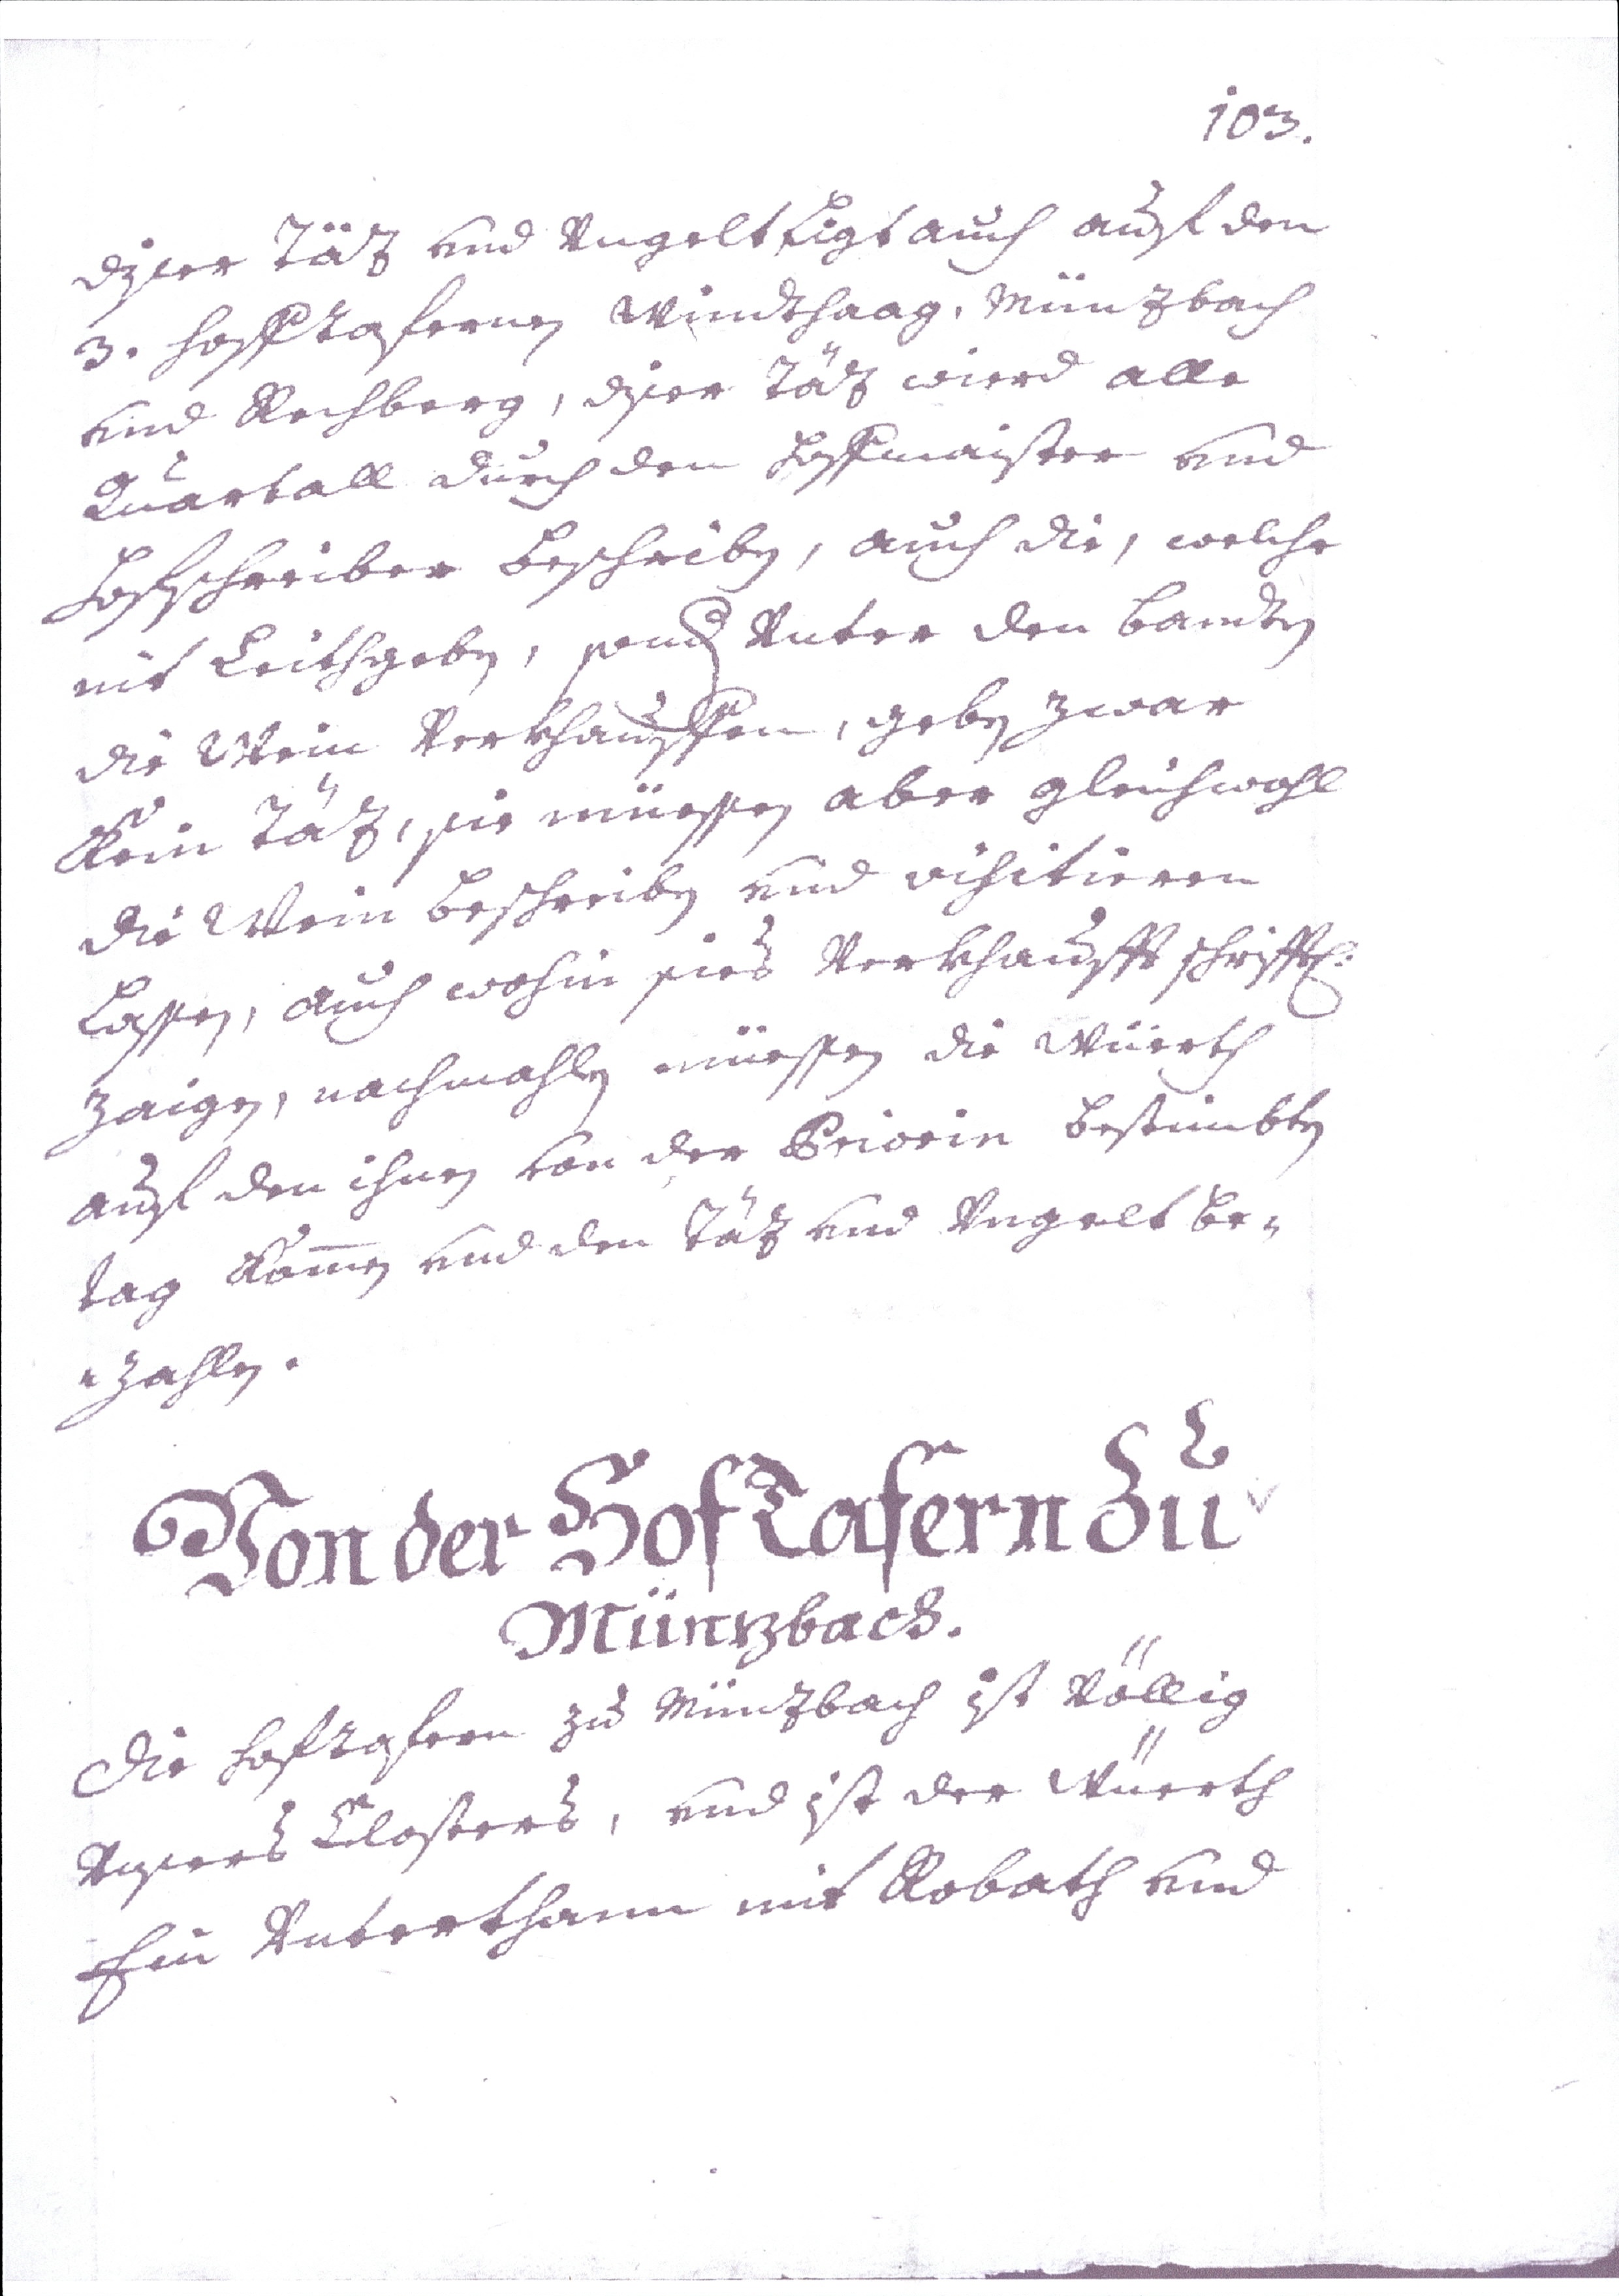
103.
diser Täz vnd Vngelt Liegt auch auf den
3. Hoftafernen Windthaag, Münzbach
vnd Rechberg, diser Täz wird alle
Quartall durch den Hoffmeister vnd
Hofschreiber beschriben, auch die, welche
nit Leithgeben, sond(ern) Vnter den bandten
die Wein Verkhauffen, geben zwar
kein Täz, sie müssen aber gleichwohl
den Wein Beschreiben vnd visitieren
Lassen, auch wohin sies Verkhauft schriftl:
Zaigen, nachmahlen müssen die Wuerth
auch den ihnen Von der Priorin bestimmbten
tag kommen vnd den Täz vnd Vngelt be¬
zahlen.
Von der Hoftafern zu
Münzbach.
Die Hoftafern zu Münzbach ist völlig
unsers Closters, vnd ist der Wüerth
Ein Unterthann mit Robath und